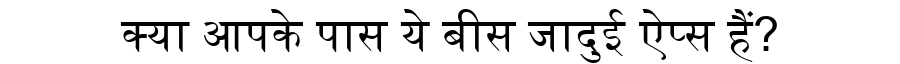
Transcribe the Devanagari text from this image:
क्या आपके पास ये बीस जादुई ऐप्स हैं?